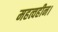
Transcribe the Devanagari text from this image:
महत्वहीन।